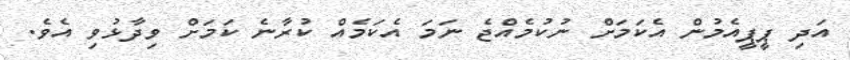
އަދި ޕީޕީއެމުން އެކަމަށް ނުކުމެއްޖެ ނަމަ އެކަމެއް ކުރާނެ ކަމަށް ވިދާޅުވި އެވެ.